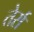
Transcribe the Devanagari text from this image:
तेर्रा